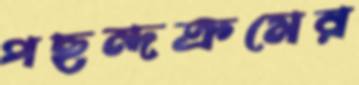
পছন্দক্রমের